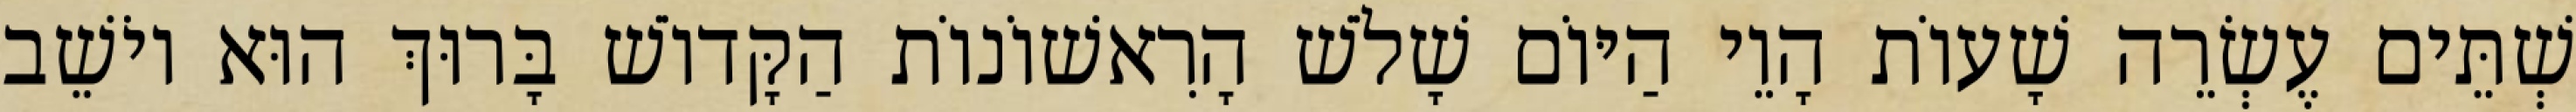
שְׁתֵּים עֶשְׂרֵה שָׁעוֹת הָוֵי הַיּוֹם שָׁלֹשׁ הָרִאשׁוֹנוֹת הַקָּדוֹשׁ בָּרוּךְ הוּא יוֹשֵׁב